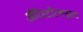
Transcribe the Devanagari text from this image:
ॲरिस्टॉटलनुसार